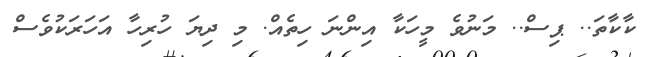
ކާކާތަ.. ޕިސް.. މަނުވެ މީހަކާ އިންނަ ހިތެއް. މި ދިޔަ ހުރިހާ އަހަރަކުވެސް